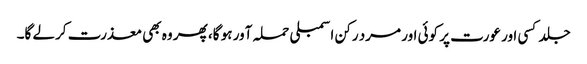
جلد کسی اور عورت پر کوئی اور مرد رکن اسمبلی حملہ آور ہو گا، پھر وہ بھی معذرت کرلے گا۔